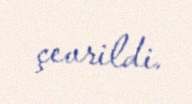
çevrildi.